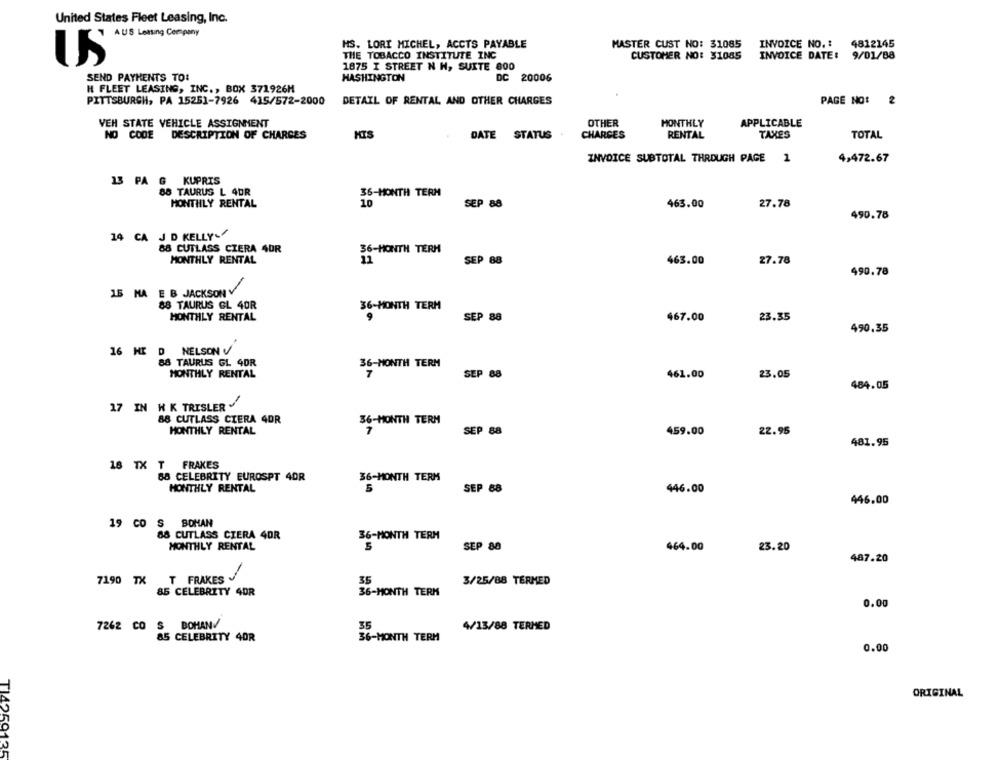
United States Fleet Leasing, Inc.
AUS Letting Company
HS. LORI MICHEL, ACCTS PAYABLE
MASTER CUST NO: 31085
INVOICE NO. :
4812145
THE TOBACCO INSTITUTE INC
CUSTOMER NO: 31085
INVOICE DATE:
9/01/88
1875 I STREET N H, SUITE 800
HASHINGTON
DC 20006
SEND PAYMENTS TO:
H FLEET LEASING, INC ., BOX 371926M
DETAIL OF RENTAL AND OTHER CHARGES
PAGE NO:
2
PITTSBURGH, PA 15251-7926 415/572-2000
OTHER
APPLICABLE
VEH STATE VEHICLE ASSIGNMENT
MONTHLY
NO CODE
DESCRIPTION OF CHARGES
HIS
DATE STATUS
CHARGES
RENTAL
TAXES
TOTAL
INVOICE SUBTOTAL THROUGH PAGE 1
4,472.67
13 PA G KUPRIS
88 TAURUS L 4DR
36-MONTH TERM
MONTHLY RENTAL
10
SEP 88
463.00
27.78
490.78
14 CA J D KELLY.
88 CUTLASS CIERA ADR
36-HONTH TERH
MONTHLY RENTAL
11
SEP 88
463.00
27.78
490.78
15 MA E B JACKSON V
88 TAURUS GL 40R
36-MONTH TERM
MONTHLY RENTAL
SEP 88
467.00
23.35
490.35
16 HE D NELSON V
88 TAURUS GL 4DR
36-MONTH TERM
MONTHLY RENTAL
SEP 88
461.00
23.05
484.05
17 IN H K TRISLER
88 CUTLASS CIERA 4DR
36-MONTH TERM
MONTHLY RENTAL
SEP 88
459.00
22.95
481.95
18 TX T FRAKES
68 CELEBRITY EUROSPT 40R
36-MONTH TERM
MONTHLY RENTAL
SEP 88
446.00
446.00
19 CO S BOMAN
88 CUTLASS CIERA 4DR
36-MONTH TERM
MONTHLY RENTAL
SEP 80
464.00
23.20
487.20
7190 TX
T FRAKES
35
3/25/88 TERMED
85 CELEBRITY 4DR
36-MONTH TERM
0.00
7262 CO
S BOMAN!
35
4/13/88 TERMED
85 CELEBRITY 4OR
36-MONTH TERM
0.00
ORIGINAL
TI4259135